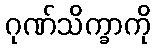
ဂုဏ်သိက္ခာကို